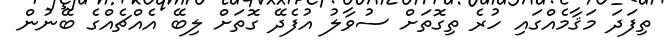
ތިފަދަ މަޤާމެއްގައި ހުރެ ތިގޮތަށް ސުވާލު އުފެދޭ ގޮތަށް ލިބޭ އެއްޗެއްގެ ބޭނުން